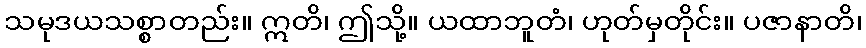
သမုဒယသစ္စာတည်း။ ဣတိ၊ ဤသို့။ ယထာဘူတံ၊ ဟုတ်မှတိုင်း။ ပဇာနာတိ၊